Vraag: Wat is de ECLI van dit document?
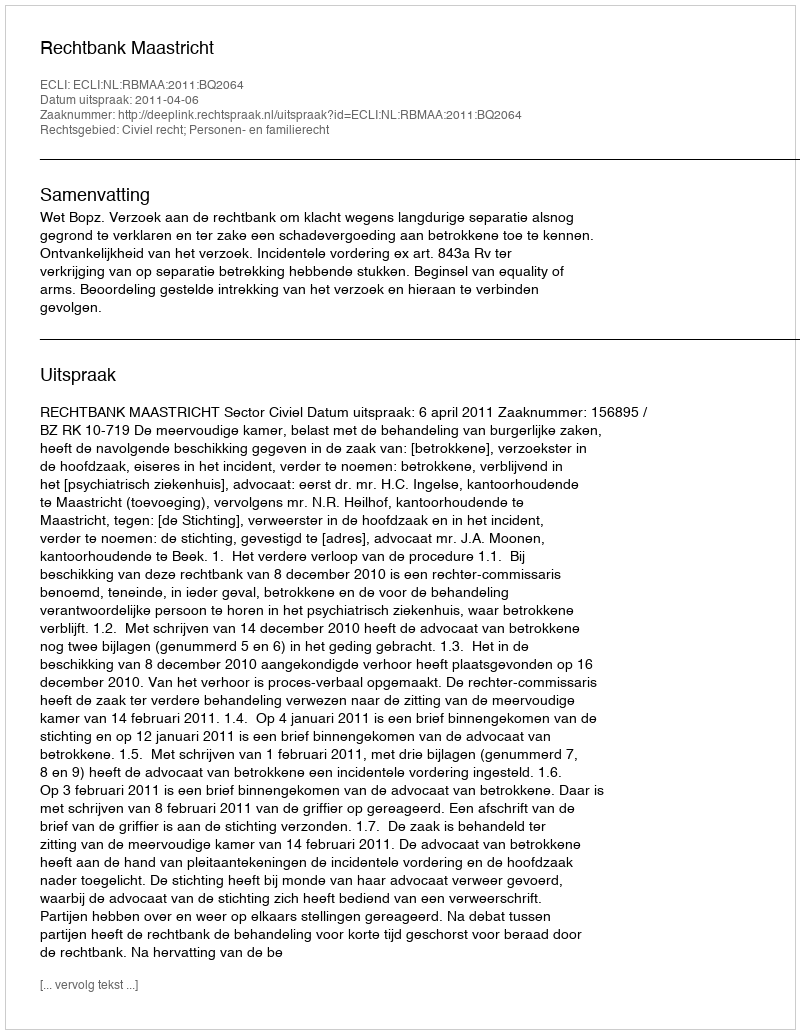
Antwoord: ECLI:NL:RBMAA:2011:BQ2064